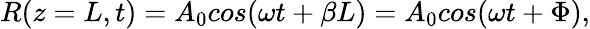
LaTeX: R(z=L,t)=A_{0}cos(\omega t+\beta L)=A_{0}cos(\omega t+\Phi),